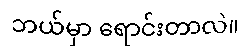
ဘယ်မှာ ရောင်းတာလဲ။